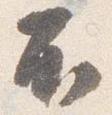
不